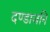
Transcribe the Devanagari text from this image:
दण्डाजनि